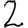
Digit: 2